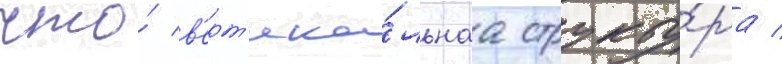
что́ в'ерт'ика́льнаа структу́ра /